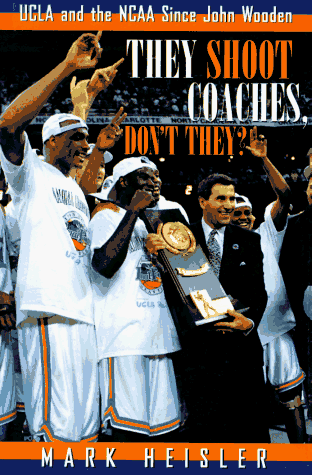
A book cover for They Shoot Coaches, Don't They?: UCLA and the Ncaa Since John Wooden; Mark Heisler; Sports & Outdoors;